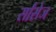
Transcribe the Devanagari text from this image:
र्सांसेज